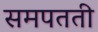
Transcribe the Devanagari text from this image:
समपतती